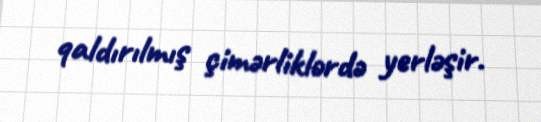
qaldırılmış çimərliklərdə yerləşir.